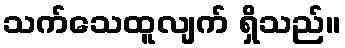
သက်သေထူလျက် ရှိသည်။